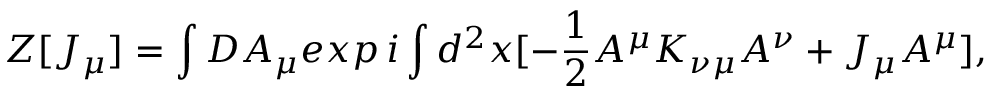
Z [ J _ { \mu } ] = \int { \cal D } A _ { \mu } e x p \, i \int d ^ { 2 } x [ - { \frac { 1 } { 2 } } A ^ { \mu } K _ { \nu \mu } A ^ { \nu } + J _ { \mu } A ^ { \mu } ] ,